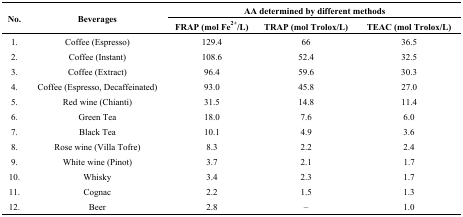
| <ROWSPAN=2> No. | <ROWSPAN=2> Beverages | <COLSPAN=3> AA determined by different methods |
 | FRAP (mol Fe2+/L) | TRAP (mol Trolox/L) | TEAC (mol Trolox/L) |
 | --- | --- | --- | --- | --- |
 | 1. | Coffee (Espresso) | 129.4 | 66 | 36.5 |
 | 2. | Coffee (Instant) | 108.6 | 52.4 | 32.5 |
 | 3. | Coffee (Extract) | 96.4 | 59.6 | 30.3 |
 | 4. | Coffee (Espresso, Decaffeinated) | 93.0 | 45.8 | 27.0 |
 | 5. | Red wine (Chianti) | 31.5 | 14.8 | 11.4 |
 | 6. | Green Tea | 18.0 | 7.6 | 6.0 |
 | 7. | Black Tea | 10.1 | 4.9 | 3.6 |
 | 8. | Rose wine (Villa Tofre) | 8.3 | 2.2 | 2.4 |
 | 9. | White wine (Pinot) | 3.7 | 2.1 | 1.7 |
 | 10. | Whisky | 3.4 | 2.3 | 1.7 |
 | 11. | Cognac | 2.2 | 1.5 | 1.3 |
 | 12. | Beer | 2.8 | – | 1.0 |